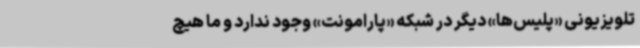
تلویزیونی «پلیس‌ها» دیگر در شبکه «پارامونت»‌ وجود ندارد و ما هیچ